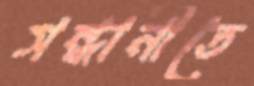
সন্ধানীতে